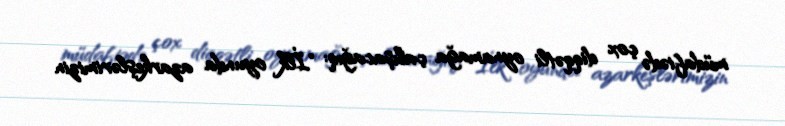
müdafiədə çox diqqətli oynamağa çalışacağıq: "İlk oyunda azarkeşlərimizin